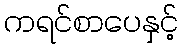
ကရင်စာပေနှင့်